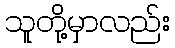
သူတို့မှာလည်း